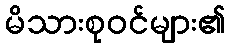
မိသားစုဝင်များ၏